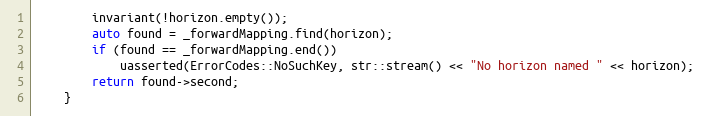
Language: C
        invariant(!horizon.empty());
        auto found = _forwardMapping.find(horizon);
        if (found == _forwardMapping.end())
            uasserted(ErrorCodes::NoSuchKey, str::stream() << "No horizon named " << horizon);
        return found->second;
    }